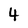
Character: 4